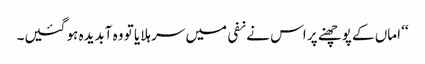
‘‘ اماں کے پوچھنے پر اس نے نفی میں سر ہلایا تو وہ آبدیدہ ہو گئیں۔